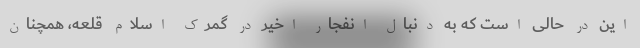
این در حالی است که به دنبال انفجار اخیر در گمرک اسلام قلعه، همچنان